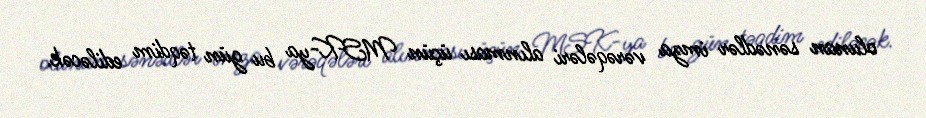
olunan sənədlər imza vərəqələri alınması üçün MSK-ya bu gün təqdim ediləcək.